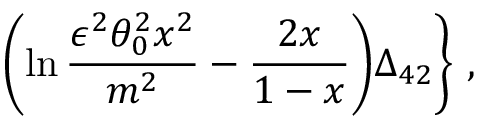
\biggl ( \ln \frac { \epsilon ^ { 2 } \theta _ { 0 } ^ { 2 } x ^ { 2 } } { m ^ { 2 } } - \frac { 2 x } { 1 - x } \biggr ) \Delta _ { 4 2 } \biggr \} \ ,